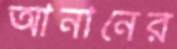
আনানের